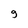
Character: g